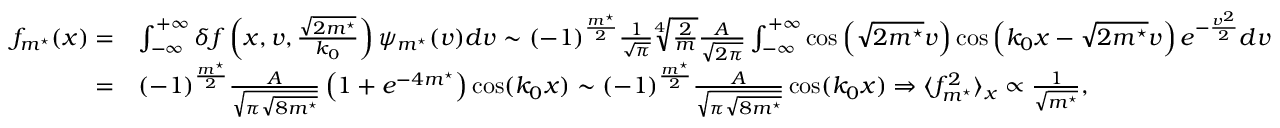
\begin{array} { r l } { f _ { m ^ { \star } } ( x ) = } & { \int _ { - \infty } ^ { + \infty } \delta f \left( x , v , \frac { \sqrt { 2 m ^ { \star } } } { k _ { 0 } } \right) \psi _ { m ^ { \star } } ( v ) d v \sim ( - 1 ) ^ { \frac { m ^ { \star } } { 2 } } \frac { 1 } { \sqrt { \pi } } \sqrt [ 4 ] { \frac { 2 } { m } } \frac { A } { \sqrt { 2 \pi } } \int _ { - \infty } ^ { + \infty } \cos \left( \sqrt { 2 m ^ { \star } } v \right) \cos \left( k _ { 0 } x - \sqrt { 2 m ^ { \star } } v \right) e ^ { - \frac { v ^ { 2 } } { 2 } } d v } \\ { = } & { ( - 1 ) ^ { \frac { m ^ { \star } } { 2 } } \frac { A } { \sqrt { \pi \sqrt { 8 m ^ { \star } } } } \left( 1 + e ^ { - 4 m ^ { \star } } \right) \cos ( k _ { 0 } x ) \sim ( - 1 ) ^ { \frac { m ^ { \star } } { 2 } } \frac { A } { \sqrt { \pi \sqrt { 8 m ^ { \star } } } } \cos ( k _ { 0 } x ) \Rightarrow \langle f _ { m ^ { \star } } ^ { 2 } \rangle _ { x } \propto \frac { 1 } { \sqrt { m ^ { \star } } } , } \end{array}